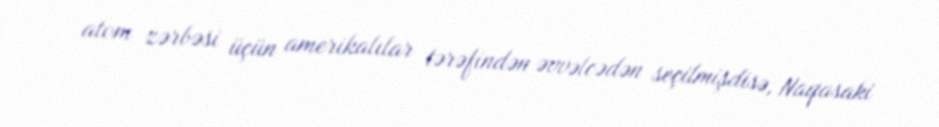
atom zərbəsi üçün amerikalılar tərəfindən əvvəlcədən seçilmişdisə, Naqasaki